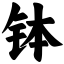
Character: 钵